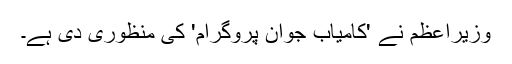
وزیراعظم نے 'کامیاب جوان پروگرام' کی منظوری دی ہے۔